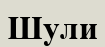
Шули